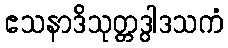
ဧသနာဒိသုတ္တဒွါဒသကံ